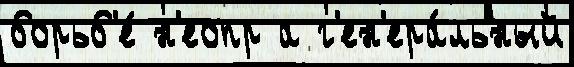
борьб'е́ н'еопр а г'ен'ера́льный